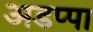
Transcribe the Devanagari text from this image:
अडप्पा